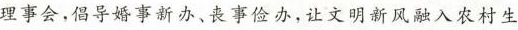
理事会，倡导婚事新办、丧事俭办，让文明新风融入农村生